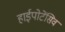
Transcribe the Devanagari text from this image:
हाईपोटेंसिव